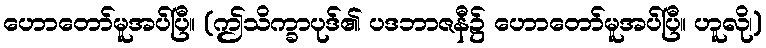
ဟောတော်မူအပ်ပြီ။ (ဤသိက္ခာပုဒ်၏ ပဒဘာဇနီ၌ ဟောတော်မူအပ်ပြီ။ ဟူလို၊)